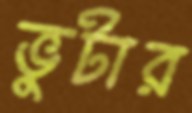
ভুটার